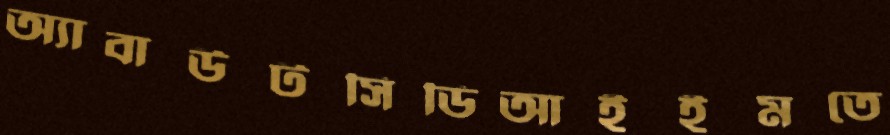
অ্যাবাউটসিডিআইইমতে